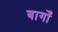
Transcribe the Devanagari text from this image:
बागोँ